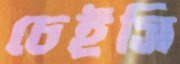
চেইসি